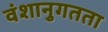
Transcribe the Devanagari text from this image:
वंशानुगतता